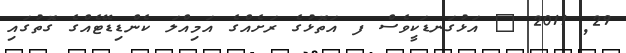
29